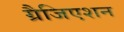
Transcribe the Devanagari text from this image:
ग्रैजिएशन